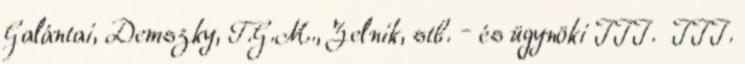
Ga­lántai, Dem­szky, T.G.M., Zel­nik, stb. – és ügynöki III. III.